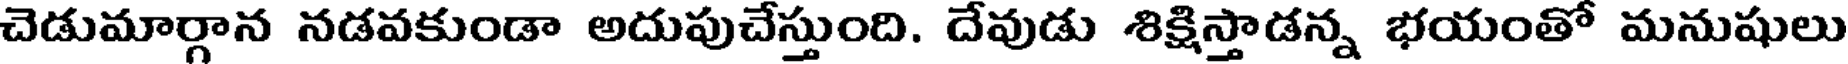
చెడుమార్గాన నడవకుండా అదుపుచేస్తుంది. దేవుడు శిక్షిస్తాడన్న భయంతో మనుషులు